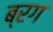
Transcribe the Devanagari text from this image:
ब्रग